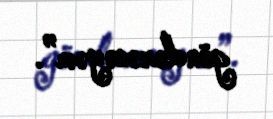
göndərəcəyəm”.